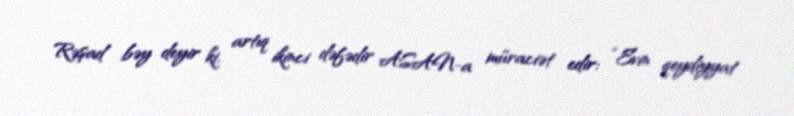
Rəşad bəy deyir ki, artıq ikinci dəfədir ASAN-a müraciət edir: “Evin qeydiyyat